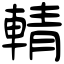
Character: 輤